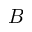
B